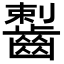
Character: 𪘼